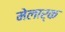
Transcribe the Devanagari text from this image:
मेलार्क